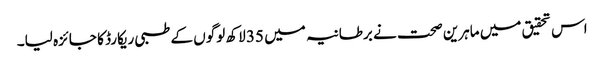
اس تحقیق میں ماہرین صحت نے برطانیہ میں 35 لاکھ لوگوں کے طبی ریکارڈ کا جائزہ لیا۔